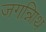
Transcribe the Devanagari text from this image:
जगन्नािथ